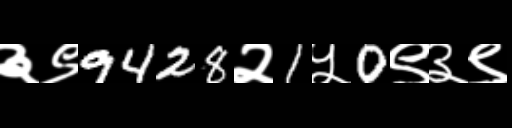
Text: ३९9428२1५0९३९